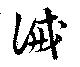
誡